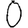
Digit: 0